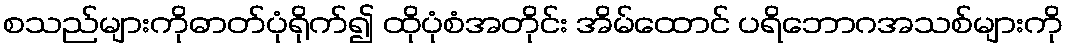
စသည်များကိုဓာတ်ပုံရိုက်၍ ထိုပုံစံအတိုင်း အိမ်ထောင် ပရိဘောဂအသစ်များကို